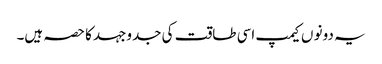
یہ دونو ں کیمپ اسی طاقت کی جدوجہد کا حصہ ہیں۔